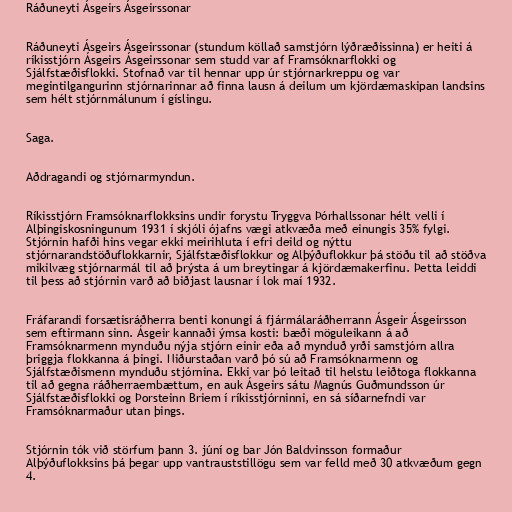
Ráðuneyti Ásgeirs Ásgeirssonar

Ráðuneyti Ásgeirs Ásgeirssonar (stundum köllað samstjórn lýðræðissinna) er heiti á
ríkisstjórn Ásgeirs Ásgeirssonar sem studd var af Framsóknarflokki og
Sjálfstæðisflokki. Stofnað var til hennar upp úr stjórnarkreppu og var
megintilgangurinn stjórnarinnar að finna lausn á deilum um kjördæmaskipan landsins
sem hélt stjórnmálunum í gíslingu.

Saga.

Aðdragandi og stjórnarmyndun.

Ríkisstjórn Framsóknarflokksins undir forystu Tryggva Þórhallssonar hélt velli í
Alþingiskosningunum 1931 í skjóli ójafns vægi atkvæða með einungis 35% fylgi.
Stjórnin hafði hins vegar ekki meirihluta í efri deild og nýttu
stjórnarandstöðuflokkarnir, Sjálfstæðisflokkur og Alþýðuflokkur þá stöðu til að stöðva
mikilvæg stjórnarmál til að þrýsta á um breytingar á kjördæmakerfinu. Þetta leiddi
til þess að stjórnin varð að biðjast lausnar í lok maí 1932.

Fráfarandi forsætisráðherra benti konungi á fjármálaráðherrann Ásgeir Ásgeirsson
sem eftirmann sinn. Ásgeir kannaði ýmsa kosti: bæði möguleikann á að
Framsóknarmenn mynduðu nýja stjórn einir eða að mynduð yrði samstjórn allra
þriggja flokkanna á þingi. Niðurstaðan varð þó sú að Framsóknarmenn og
Sjálfstæðismenn mynduðu stjórnina. Ekki var þó leitað til helstu leiðtoga flokkanna
til að gegna ráðherraembættum, en auk Ásgeirs sátu Magnús Guðmundsson úr
Sjálfstæðisflokki og Þorsteinn Briem í ríkisstjórninni, en sá síðarnefndi var
Framsóknarmaður utan þings.

Stjórnin tók við störfum þann 3. júní og bar Jón Baldvinsson formaður
Alþýðuflokksins þá þegar upp vantrauststillögu sem var felld með 30 atkvæðum gegn
4.